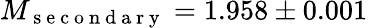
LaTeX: M_{\mathrm{~s~e~c~o~n~d~a~r~y~}}=1.958\pm 0.001